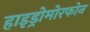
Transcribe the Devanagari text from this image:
हाइड्रोमोरफोन